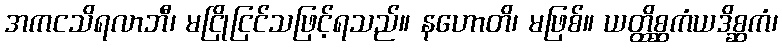
အကငသိရလာဘီ၊ မငြိုငြင်သဖြင့်ရသည်။ နဟောတိ၊ မဖြစ်။ ယတ္ထိစ္ဆကံယဒိစ္ဆကံ၊